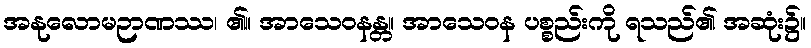
အနုလောမဉာဏဿ၊ ၏။ အာသေဝနန္တ။ အာသေဝန ပစ္စည်းကို ရသည်၏ အဆုံး၌။